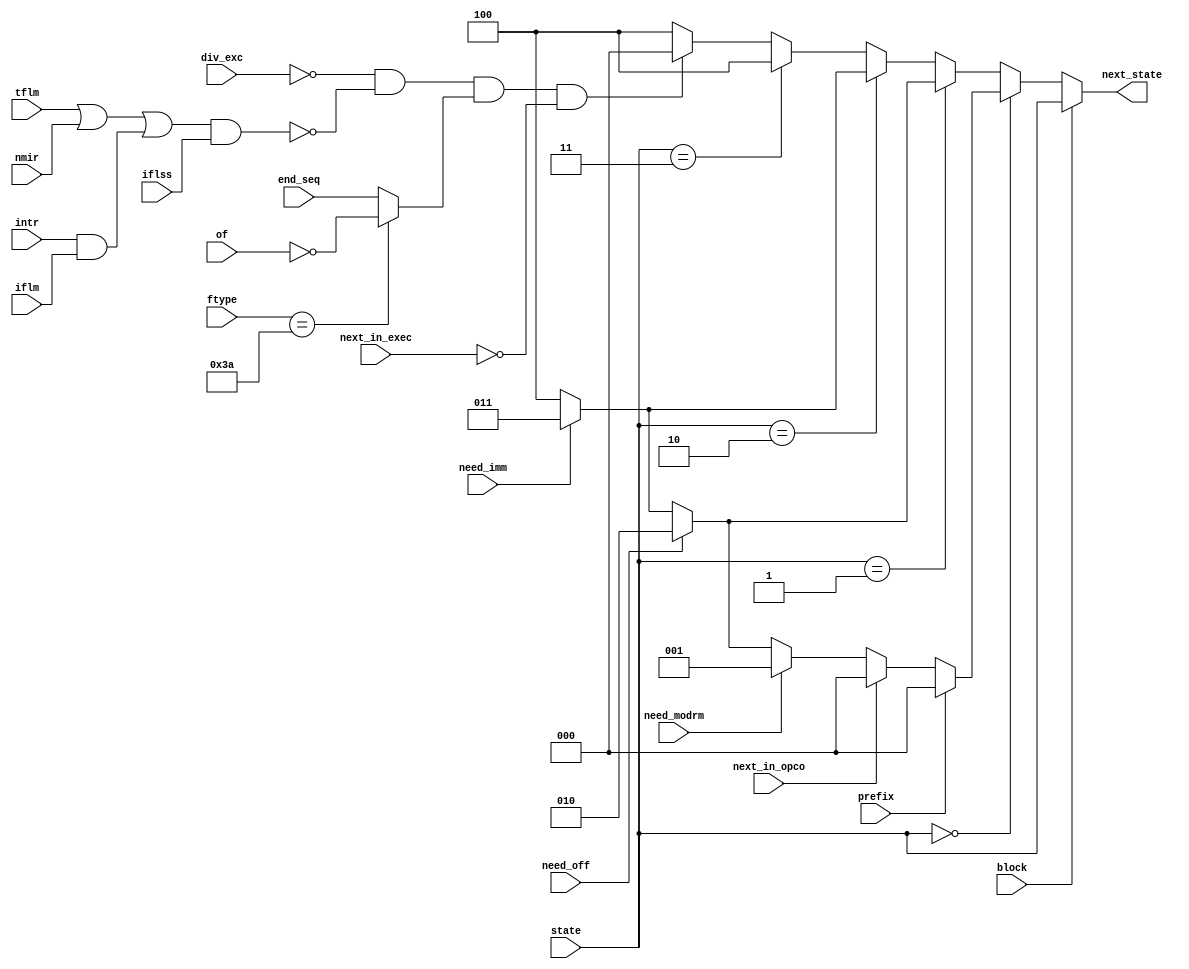
module zet_nstate (
    input [2:0] state,
    input prefix,
    input need_modrm,
    input need_off,
    input need_imm,
    input end_seq,
    input [5:0] ftype,
    input of,
    input next_in_opco,
    input next_in_exec,
    input block,
    input div_exc,
    input tflm,
    input intr,
    input iflm,
    input nmir,
    input iflss,
    output [2:0] next_state
  );

  // Net declarations
  parameter opcod_st = 3'h0;
  parameter modrm_st = 3'h1;
  parameter offse_st = 3'h2;
  parameter immed_st = 3'h3;
  parameter execu_st = 3'h4;
  wire into, end_instr, end_into;
  wire [2:0] n_state;
  wire       intr_iflm;
  wire       intrs_tni;

  // Assignments
  assign into = (ftype==6'b111_010);
  assign end_into = into ? ~of : end_seq;
  assign end_instr = !div_exc && !intrs_tni && end_into && !next_in_exec;
  assign intr_iflm = intr & iflm;
  assign intrs_tni = (tflm | nmir | intr_iflm) & iflss;

  assign n_state = (state == opcod_st) ? (prefix ? opcod_st
                         : (next_in_opco ? opcod_st
                         : (need_modrm ? modrm_st
                         : (need_off ? offse_st
                         : (need_imm ? immed_st : execu_st)))))
                     : (state == modrm_st) ? (need_off ? offse_st
                                           : (need_imm ? immed_st : execu_st))
                     : (state == offse_st) ? (need_imm ? immed_st : execu_st)
                     : (state == immed_st) ? (execu_st)
   /* state == execu_st */ : (end_instr ? opcod_st : execu_st);

  assign next_state = block ? state : n_state;
endmodule